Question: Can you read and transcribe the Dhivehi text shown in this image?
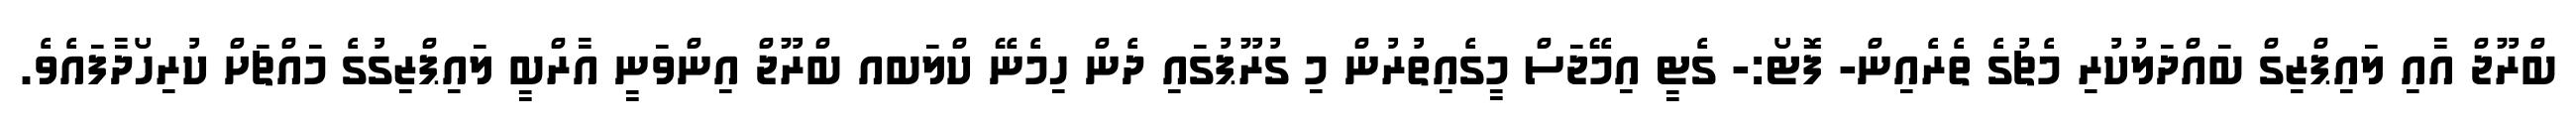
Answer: ބްރޫޖް އާއި ލައިޕްޒިގް ބައްދަލުކުރި މެޗުގެ ތެރެއިން- ފޮޓޯ:- ގެޓީ އިމޭޖަސް މީގެއިތުރުން މި ގުރޫޕުގައި ދެން ހިމެނޭ ކްލަބއ ބްރޫޖް އިންވަނީ އާރްބީ ލައިޕްޒިގުގެ މައްޗަށް ކުރިހޯދާފައެވެ.